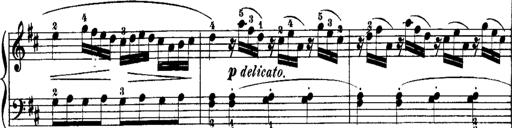
Title: Rondos and Sonatinas for Pianoforte
Composer: Daniel Steibelt